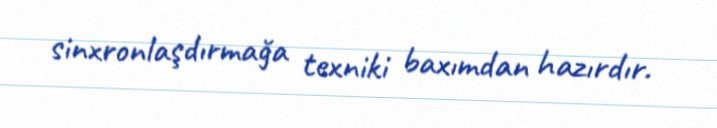
sinxronlaşdırmağa texniki baxımdan hazırdır.